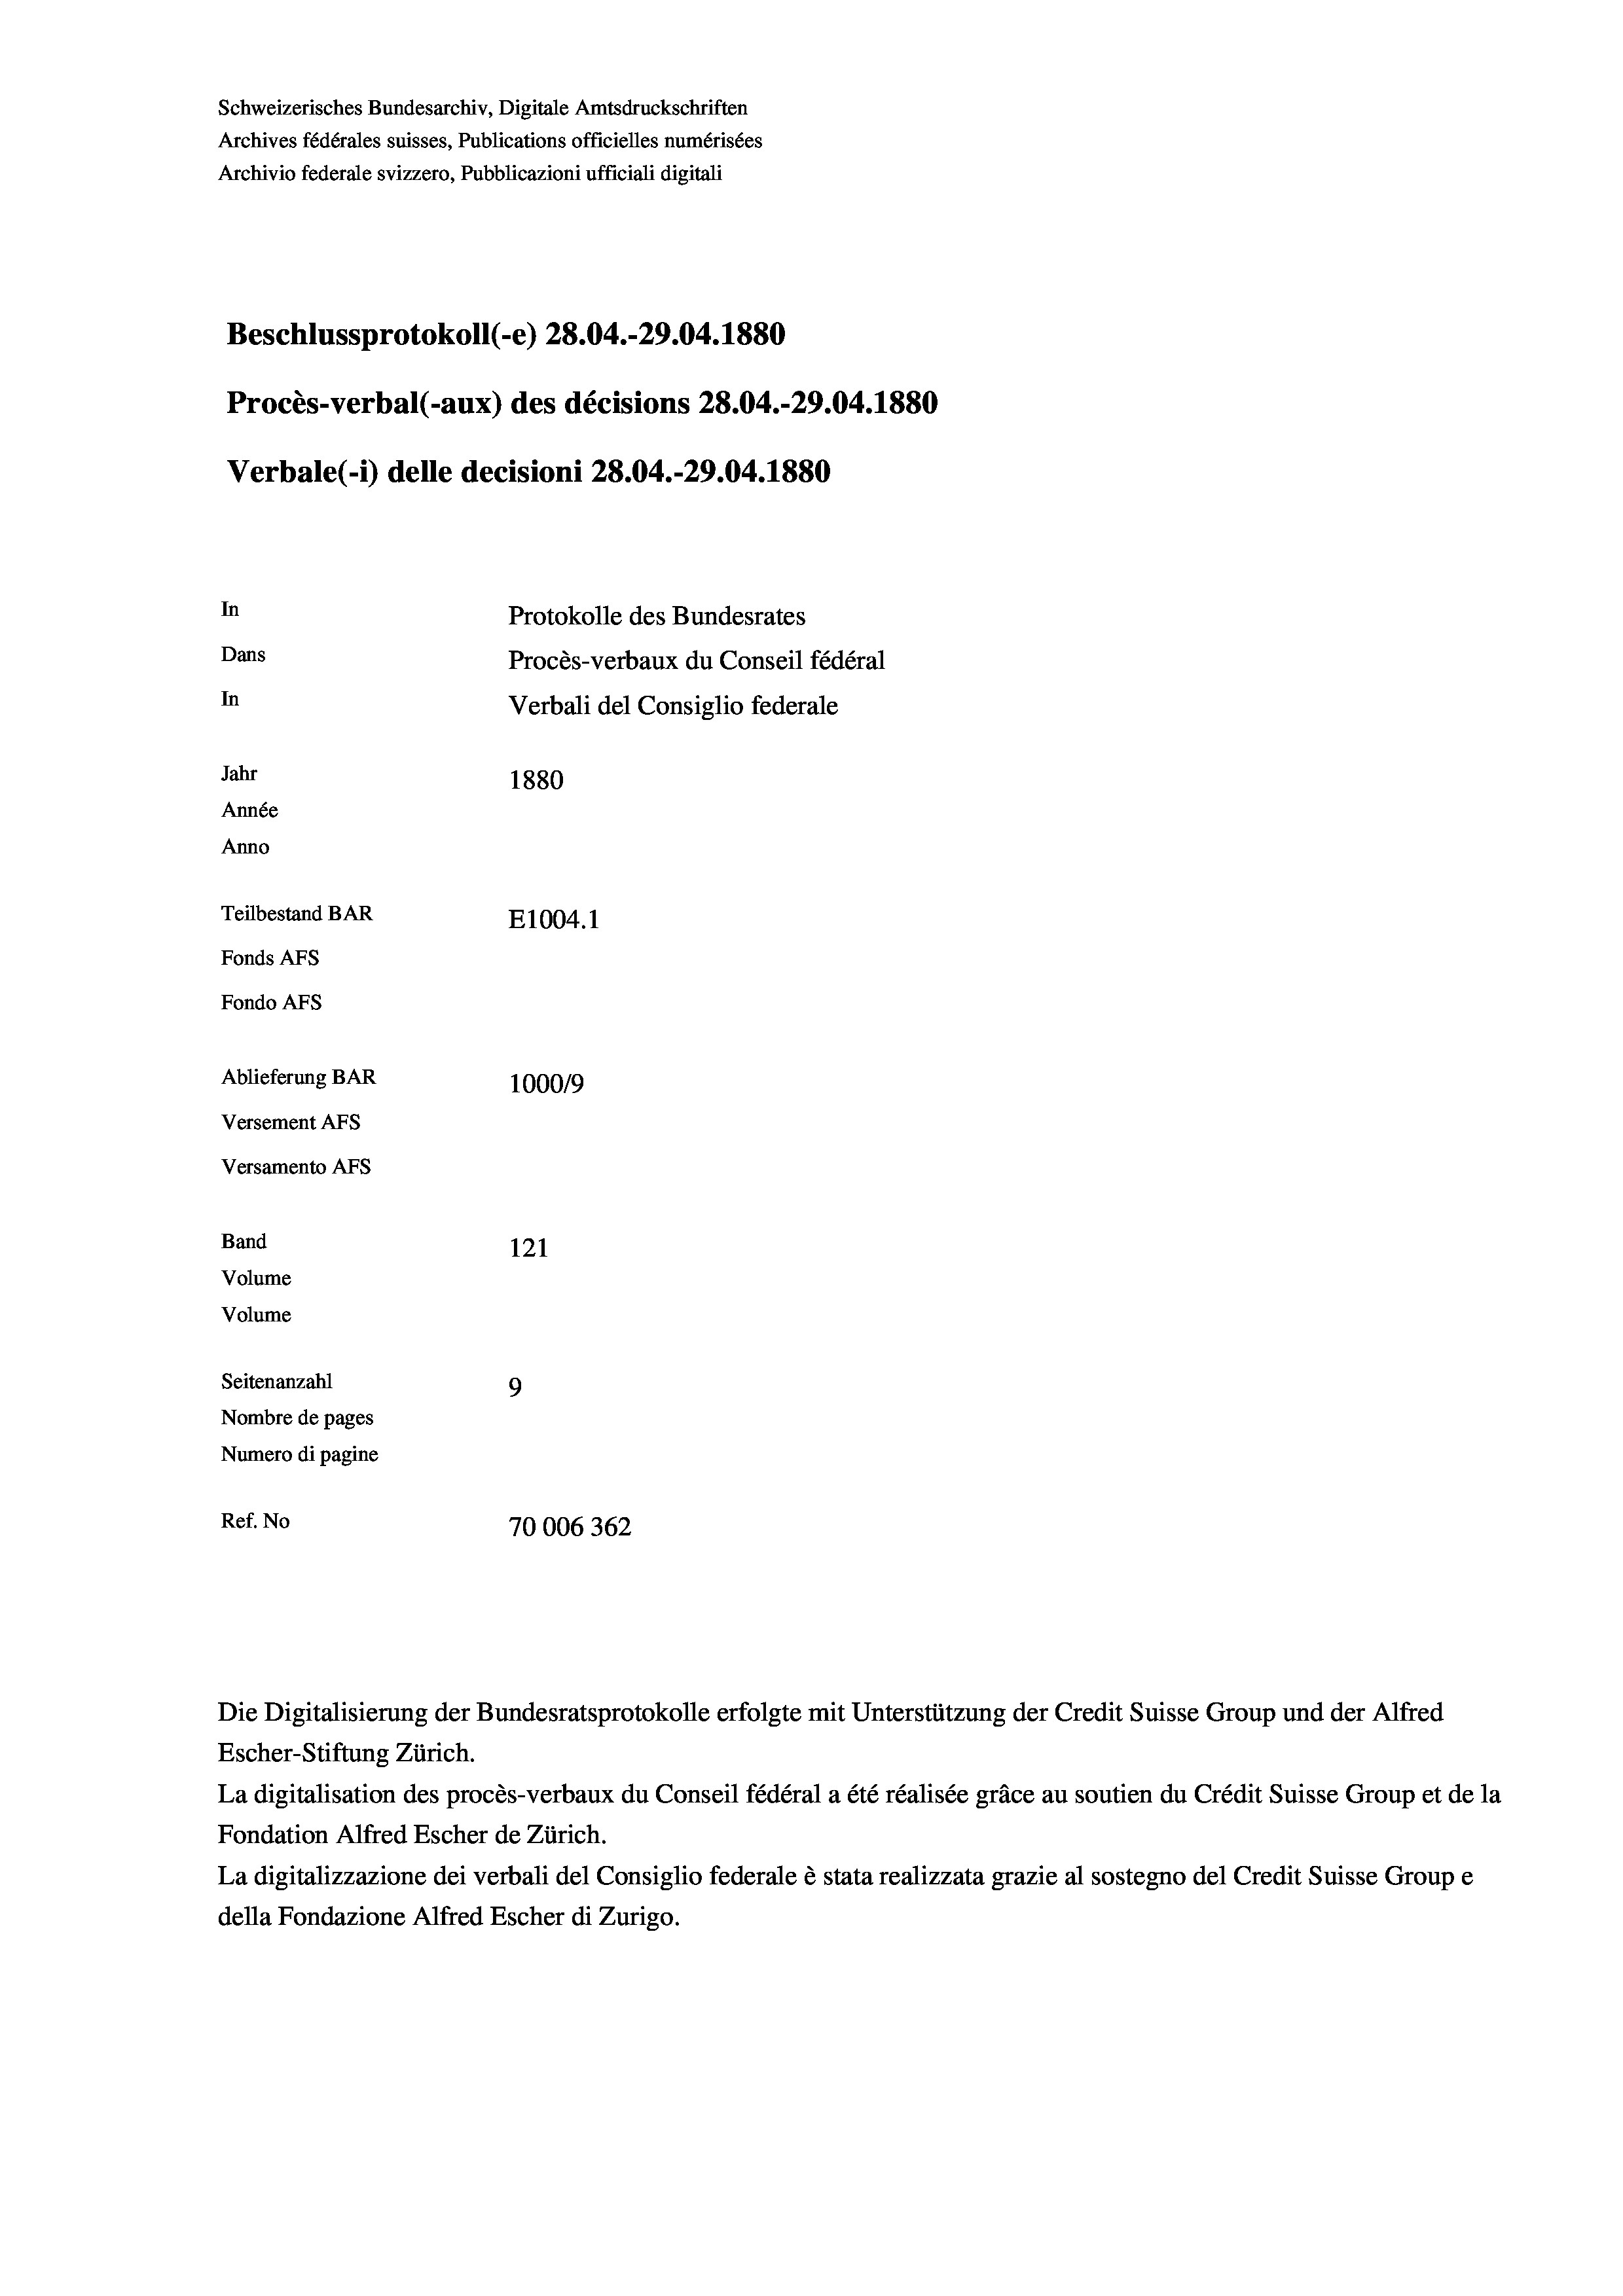
Schweizerisches Bundesarchiv, Digitale Amtsdruckschriften
Archives fédérales suisses, Publications officielles numérisées
Archivio federale svizzero, Pubblicazioni ufficiali digitali
Beschlussprotokoll (-e) 28.04.-29.04. 1880
Procès-verbal (-aux) des décisions 28.04.-29.04. 1880
Verbale(-*) delle decisioni 28.04.-29.04. 1880
In
Protokolle des Bundesrates
Dans
Procès-verbaux du Conseil fédéral
In
Verbali del Consiglio federale
Jahr
1880
Année
Anno
Teilbestand BAR
E1004.1
Fonds AFs
Fondo Afs
Ablieferung BAR
100019
Versement AFs
Versamento Afs
Band
121
Volume
Volume
Seitenanzahl
9

Nombre de pages
Numero di pagine
Ref. No
70006362

Escher-Stiftung Zürich.
La digitalisation des procès-verbaux du Conseil fédéral a été réalisée gräce au soutien du Crédit Suisse Group et de la
Fondation Alfred Escher de Zürich.
La digitalizzazione dei verbali del Consiglio federale è stata realizzata grazie al sostegno del Credit Suisse Groupe
della Fondazione Alfred Escher di Zurigo.

Die Digitalisierung der Bundesratsprotokolle erfolgte mit Unterstützung der Credit Suisse Group und der Alfred